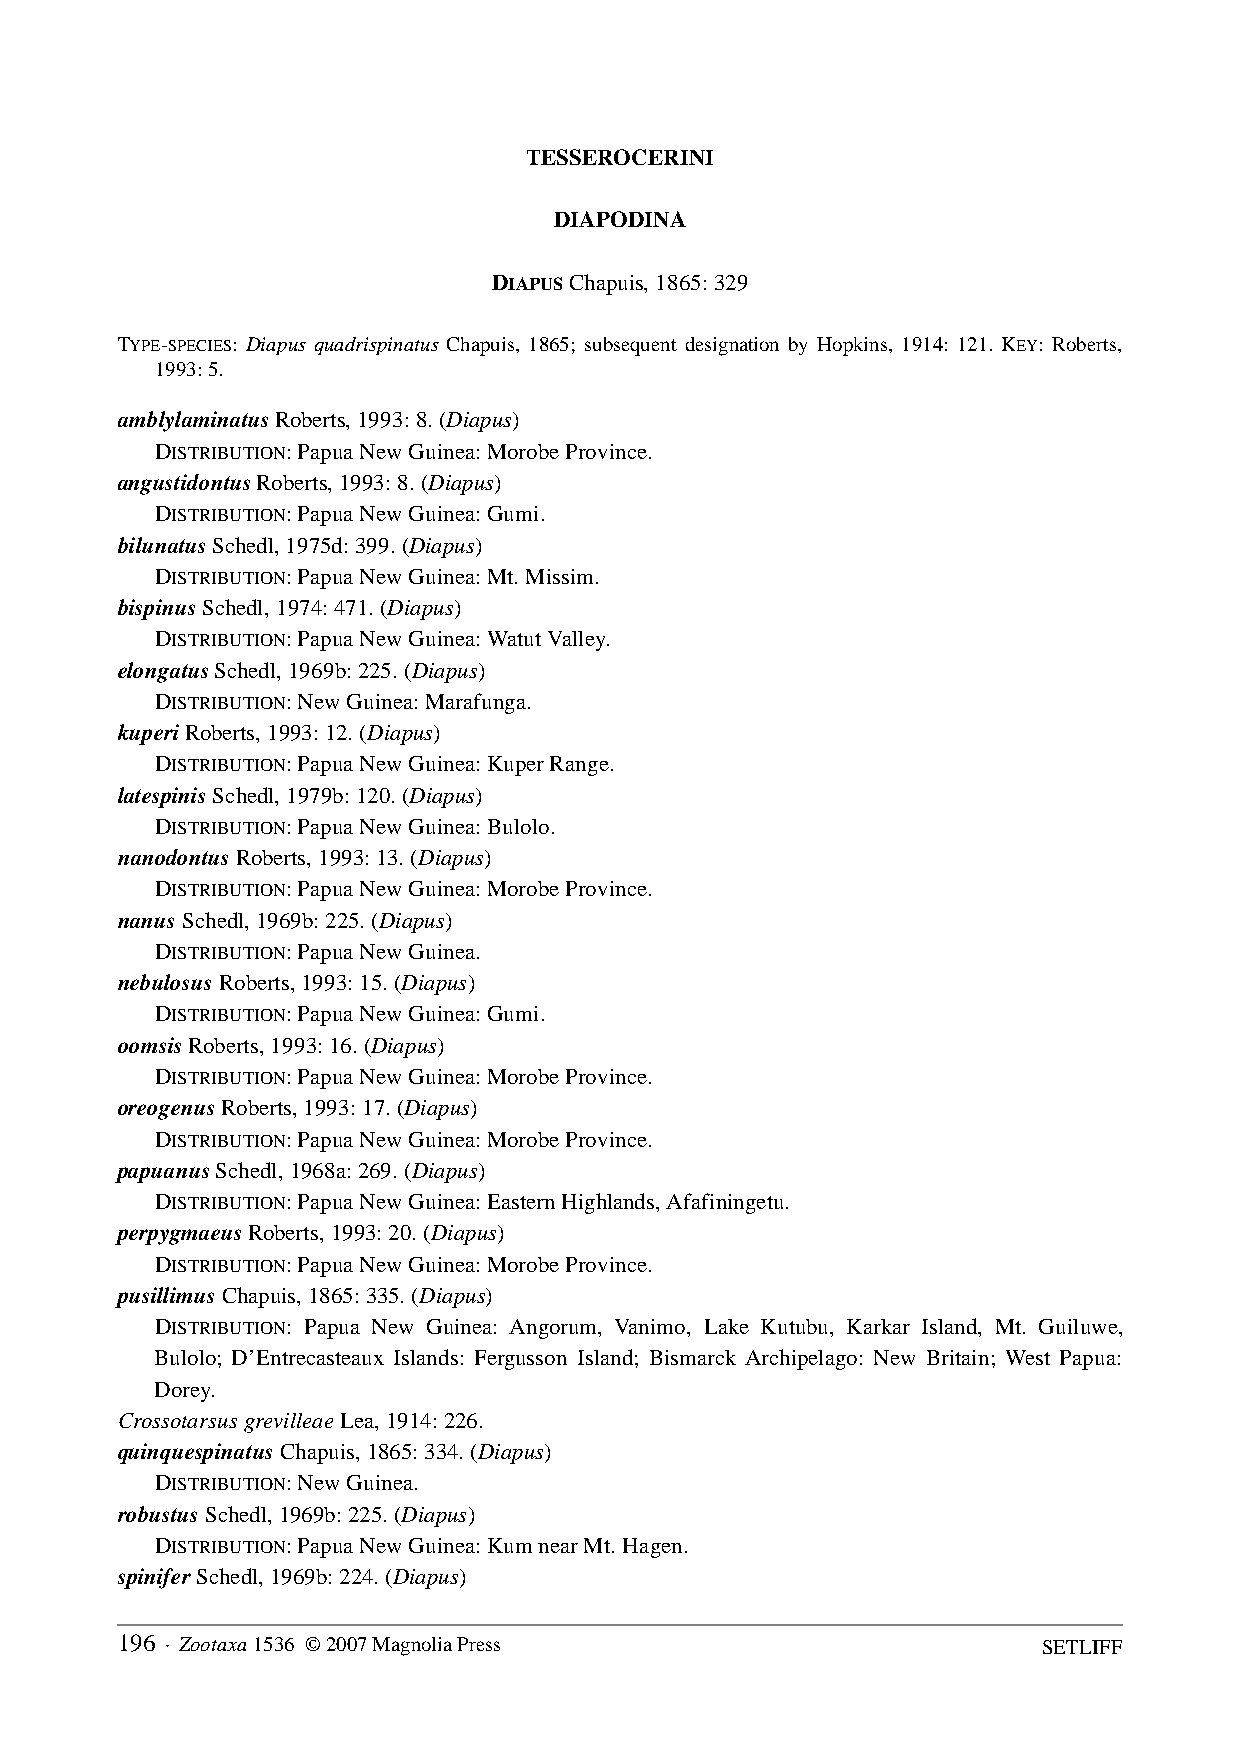
TESSEROCERINI
 DIAPODINA
 DIAPUS Chapuis, 1865: 329
 TYPE-SPECIES: Diapus quadrispinatus Chapuis, 1865; subsequent designation by Hopkins, 1914: 121. KEY: Roberts,
 1993: 5.
 amblylaminatus Roberts, 1993: 8. (Diapus)
 DISTRIBUTION: Papua New Guinea: Morobe Province.
 angustidontus Roberts, 1993: 8. (Diapus)
 DISTRIBUTION: Papua New Guinea: Gumi.
 bilunatus Schedl, 1975d: 399. (Diapus)
 DISTRIBUTION: Papua New Guinea: Mt. Missim.
 bispinus Schedl, 1974: 471. (Diapus)
 DISTRIBUTION: Papua New Guinea: Watut Valley.
 elongatus Schedl, 1969b: 225. (Diapus)
 DISTRIBUTION: New Guinea: Marafunga.
 kuperi Roberts, 1993: 12. (Diapus)
 DISTRIBUTION: Papua New Guinea: Kuper Range.
 latespinis Schedl, 1979b: 120. (Diapus)
 DISTRIBUTION: Papua New Guinea: Bulolo.
 nanodontus Roberts, 1993: 13. (Diapus)
 DISTRIBUTION: Papua New Guinea: Morobe Province.
 nanus Schedl, 1969b: 225. (Diapus)
 DISTRIBUTION: Papua New Guinea.
 nebulosus Roberts, 1993: 15. (Diapus)
 DISTRIBUTION: Papua New Guinea: Gumi.
 oomsis Roberts, 1993: 16. (Diapus)
 DISTRIBUTION: Papua New Guinea: Morobe Province.
 oreogenus Roberts, 1993: 17. (Diapus)
 DISTRIBUTION: Papua New Guinea: Morobe Province.
 papuanus Schedl, 1968a: 269. (Diapus)
 DISTRIBUTION: Papua New Guinea: Eastern Highlands, Afafiningetu.
 perpygmaeus Roberts, 1993: 20. (Diapus)
 DISTRIBUTION: Papua New Guinea: Morobe Province.
 pusillimus Chapuis, 1865: 335. (Diapus)
 DISTRIBUTION: Papua New Guinea: Angorum, Vanimo, Lake Kutubu, Karkar Island, Mt. Guiluwe,
 Bulolo; D’Entrecasteaux Islands: Fergusson Island; Bismarck Archipelago: New Britain; West Papua:
 Dorey.
 Crossotarsus grevilleae Lea, 1914: 226.
 quinquespinatus Chapuis, 1865: 334. (Diapus)
 DISTRIBUTION: New Guinea.
 robustus Schedl, 1969b: 225. (Diapus)
 DISTRIBUTION: Papua New Guinea: Kum near Mt. Hagen.
 spinifer Schedl, 1969b: 224. (Diapus)
 196 · Zootaxa 1536 © 2007 Magnolia Press                     SETLIFF